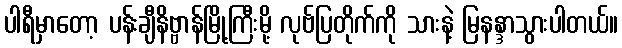
ပါရီမှာတော့ ပန်းချီနိဗ္ဗာန်မြို့ကြီးမို့ လုဗ်ပြတိုက်ကို သားနဲ့ မြနန္ဒာသွားပါတယ်။